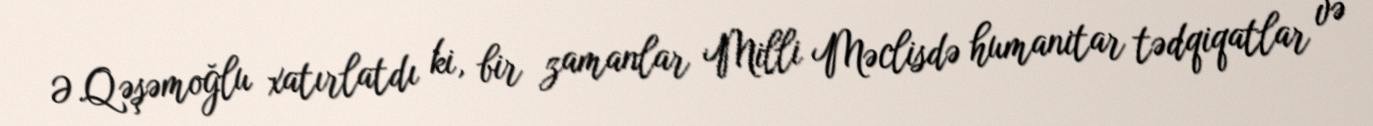
Ə.Qəşəmoğlu xatırlatdı ki, bir zamanlar Milli Məclisdə humanitar tədqiqatlar və